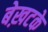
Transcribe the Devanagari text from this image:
बेख़टके